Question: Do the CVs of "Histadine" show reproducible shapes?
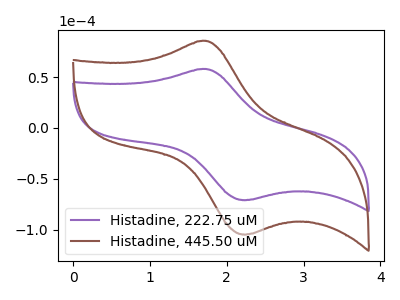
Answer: <think>The purple curve "Histadine, 222.75 uM" has an anodic peak at (1.70V, 57.90uA) and a cathodic peak at (2.25V, -70.65uA). The brown curve "Histadine, 445.50 uM" has an anodic peak at (1.70V, 85.55uA) and a cathodic peak at (2.25V, -104.40uA).
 All the peaks in "Histadine, 222.75 uM" have a peak in "Histadine, 445.50 uM" at the same potential. Every peak in "Histadine, 222.75 uM" is lower than every peak in "Histadine, 445.50 uM".</think>
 <answer>All the CV's of "Histadine" have similar shape.</answer>
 <eval>follow_rule</eval>